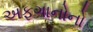
અફગાનોનો